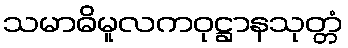
သမာဓိမူလကဝုဋ္ဌာနသုတ္တံ